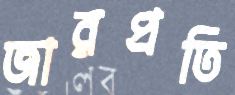
জারপ্রতি